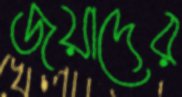
জয়াদের